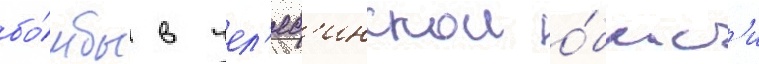
бо́мбы в чел'яб'инскои о́бласт'и